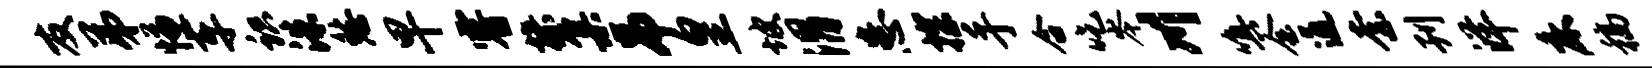
友弟慊车识洙愁早睿操集吊皇坡渭患探手合吃岑川嗔会通柰刊洋床稿